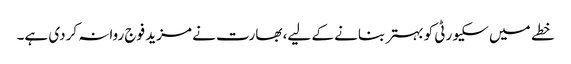
خطے میں سکیورٹی کو بہتر بنانے کے لیے، بھارت نے مزید فوج روانہ کردی ہے۔